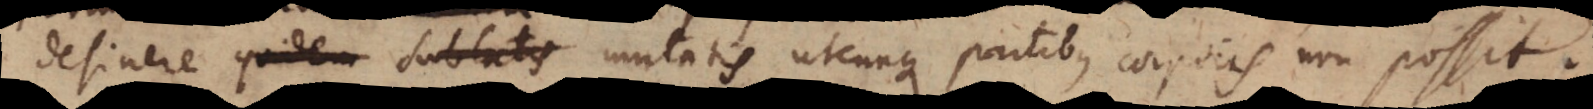
desinere sublatis mutatis utcunque partibus corporis non possit.